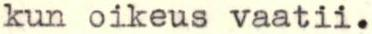
kun oikeus vaatii.